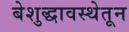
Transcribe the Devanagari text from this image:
बेशुद्धावस्थेतून